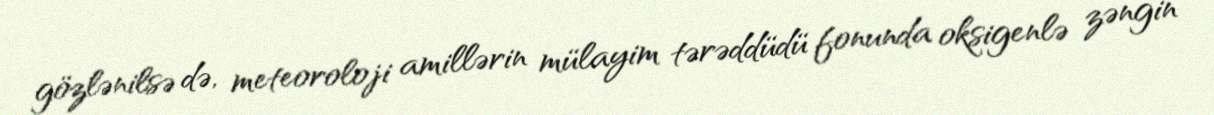
gözlənilsə də, meteoroloji amillərin mülayim tərəddüdü fonunda oksigenlə zəngin